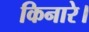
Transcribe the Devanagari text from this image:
किनारे।